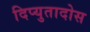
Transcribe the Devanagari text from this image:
दिप्युतादोस